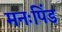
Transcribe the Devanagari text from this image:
मनःपिंड